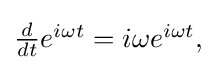
{\textstyle {\frac {d}{dt}}e^{i\omega t}=i\omega e^{i\omega t},}